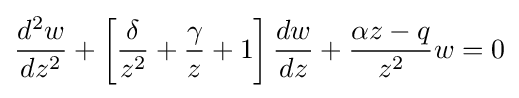
{\frac {d^{2}w}{dz^{2}}}+\left[{\frac {\delta }{z^{2}}}+{\frac {\gamma }{z}}+1\right]{\frac {dw}{dz}}+{\frac {\alpha z-q}{z^{2}}}w=0